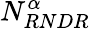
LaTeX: {N_{RNDR}^{\alpha}}